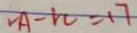
V A - V C = 1 7